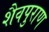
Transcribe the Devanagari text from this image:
शैवपुराण